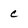
Character: c